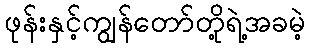
ဖုန်းနှင့်ကျွန်တော်တို့ရဲ့အခမဲ့